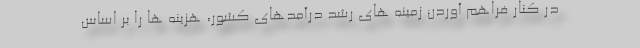
در کنار فراهم آوردن زمینه های رشد درآمدهای کشور، هزینه ها را بر اساس